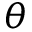
\theta